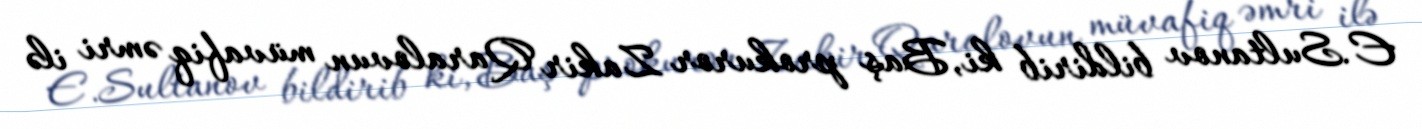
E.Sultanov bildirib ki, Baş prokuror Zakir Qaralovun müvafiq əmri ilə